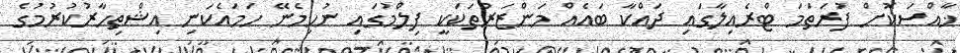
ޚާއްސަކޮށް ފުރަތަމަ ޓްރެއިލާގައި ދައްކާ ބައެއް މަންޒަރުތަކަކީ ފިލްމުގައި ނުހިމެނޭ ހަމައެކަނި އިޝްތިހާރުކުރުމުގެ